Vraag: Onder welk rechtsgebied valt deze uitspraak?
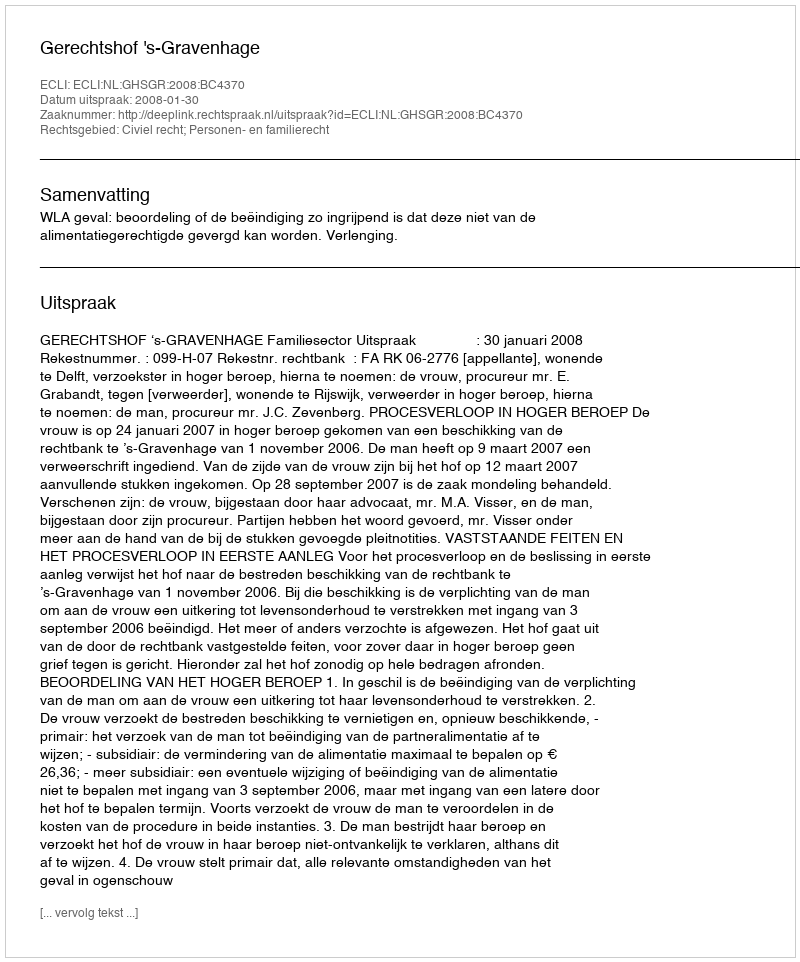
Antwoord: Civiel recht; Personen- en familierecht